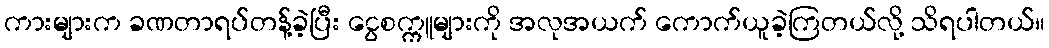
ကားများက ခဏတာရပ်တန့်ခဲ့ပြီး ငွေစက္ကူများကို အလုအယက် ကောက်ယူခဲ့ကြတယ်လို့ သိရပါတယ်။